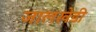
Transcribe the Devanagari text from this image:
जालखेडी